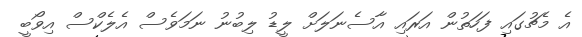
އެ މެޗުގައި ފަހަތުން އަރައި އާސެނަލަށް ލީޑު ލިބުނު ނަމަވެސް އެލެކްސް އިވޯބީ